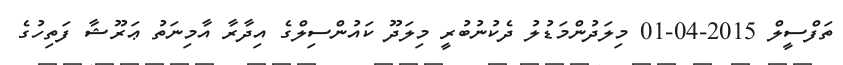
ތަފްސީލް 2015-04-01 މިލަދުންމަޑުލު ދެކުނުބުރީ މިލަދޫ ކައުންސިލްގެ އިދާރާ އާމިނަތު ޢަރޫޝާ ފަތިހުގެ